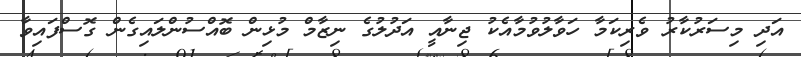
އަދި މިސަރުކާރު ވެރިކަމާ ހަވާލުވުމާއެކު ޖިނާއީ އަދުލުގެ ނިޒާމް މުޅިން ބޮއްސުންލައިގެން ގޮސްފައިވާ